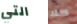
التي كلا